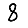
Digit: 8